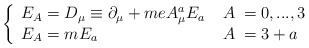
\begin{align*}\left\{\begin{array}{lrl}E_A=D_\mu \equiv \partial _\mu +m e A_\mu ^a E_a \; &A\!\!&=0,...,3 \\ E_A=m E_a\quad &A\!\!&=3+a \end{array} \right.\end{align*}